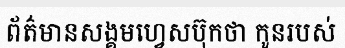
ព័ត៌មានសង្គមហ្វេសប៊ុកថា កូនរបស់